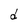
Character: d